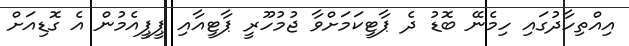
އިއްތިހާދުގައި ހިމެނޭ ބޮޑު ދެ ޕާޓީކަމަށްވާ ޖުމުހޫރީ ޕާޓީއާއި ޕީޕީއެމުން އެ ގޮޑިއަށް